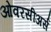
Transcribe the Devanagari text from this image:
ओवरसीअर्स